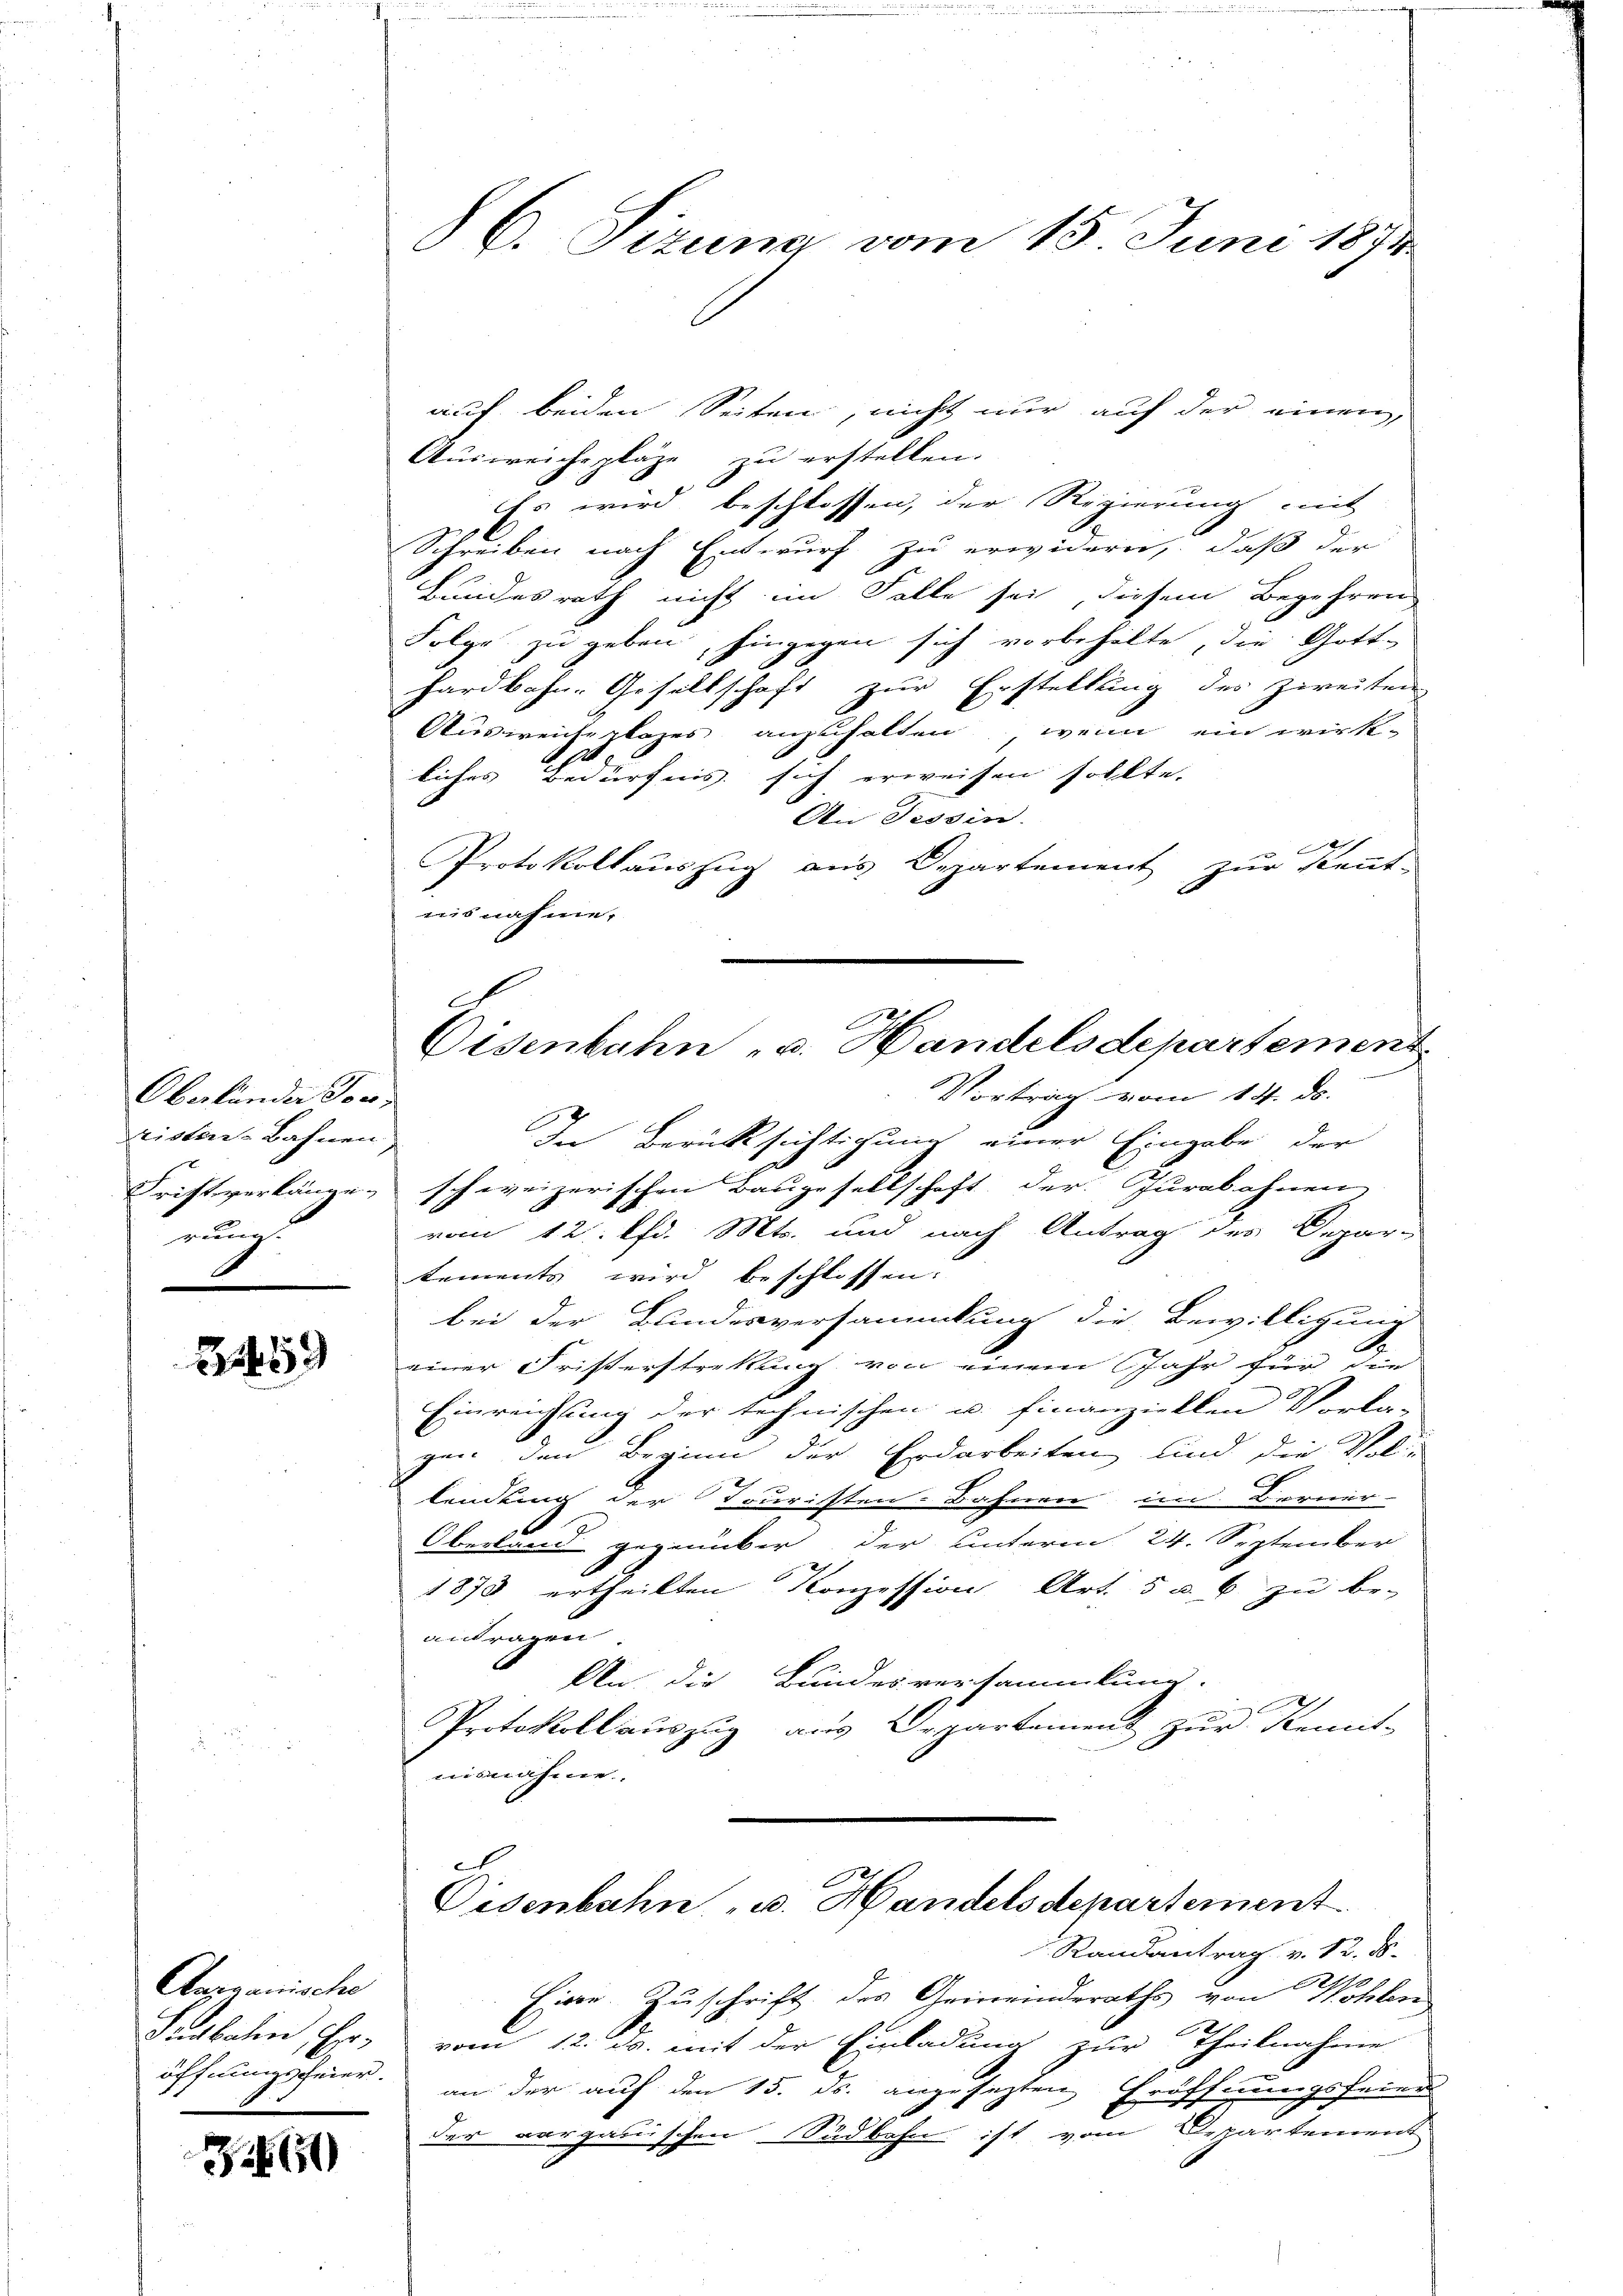
Oberländer Jos
rister-Bahnen,
rum

159

Aarganische
Subalen Eröffnungsfeier.
d

Z. 660

C. Sizung vom 15. Juni 1874.

auf beiden Seiten, nicht nur auf der einen,
Ausweiche plaze zu erstellen.
Es wird beschlossen, der Regierung mit
Schreiben nach Entwurf zu erwidern, daß der
Bundesrath nicht im Falle sei, diesem Begehren
Folge zu geben, hingegen sich vorbehalte, die Gott-
hardbahn- Gesellschaft zur Erstellung des zweiten,
Ausweiseplages anzuhalten, wenn ein wirk-
1
liches Bedürfnis sich erweisen sollte.
An Tessin.
e
Protokollauszug aus Departement zur Kennt-
ausnahme.
Vortrag vom 14. ds.
In Berücksichtigung einer Eingabe der
Fristverlänge, schweizerischen Baugesellschaft der Jurabohnen
vom 12. lfd. Mts. und nach Antrag des Depar-
tements wird beschlossen:
bei der Bundesversammlung die Bewilligung
einer Fristerstrekung von einem Jahr für die
Einreichung der technischen u. finanziellen Vorla-
gen den Beginn der Erdarbeiten und die Thal-
lendung der Touristen-Bahnen im Berner-
Oberland gegenüber der unterm 24. September
1873 ertheilten Konzession Art. 5 u. 6 zu be-
antragen
An die Bundesversammlung.
A
Protokoll auszug aus Departement zur Remit-
usnahme.

Eisenbahn - u. Handelsdepartement

Eisenbahn u. Handels departement

Randantrag v. 12. ds.
Eisen. Zuschrift des Gemeinderaths von Wohlen
vom 12. ds. mit der Einladung zur Theilnahme
an der auf den 15. ds. angesezten Eröffnungsfeier
der vorganischen Südbahn ist vom Departement